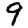
Digit: 9